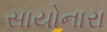
સાયોનારા